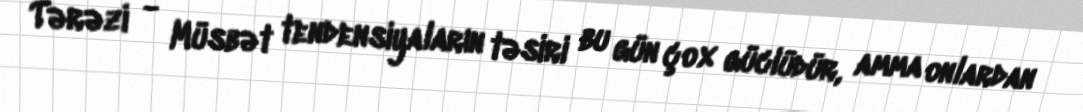
Tərəzi - Müsbət tendensiyaların təsiri bu gün çox güclüdür, amma onlardan